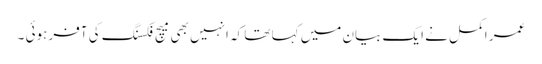
عمر اکمل نے ایک بیان میں کہا تھا کہ انہیں بھی میچ فکسنگ کی آفر ہوئی ۔